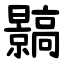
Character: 䯫